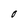
Character: O